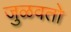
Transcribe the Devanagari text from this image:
जुळवतो